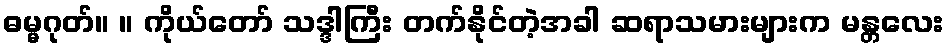
ဓမ္မဂုတ်။ ။ ကိုယ်တော် သဒ္ဒါကြီး တက်နိုင်တဲ့အခါ ဆရာသမားများက မန္တလေး